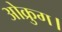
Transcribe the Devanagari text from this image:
ओक्रुग।